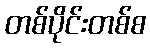
တစ်ပိုင်းတစ်စ